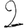
Digit: 2